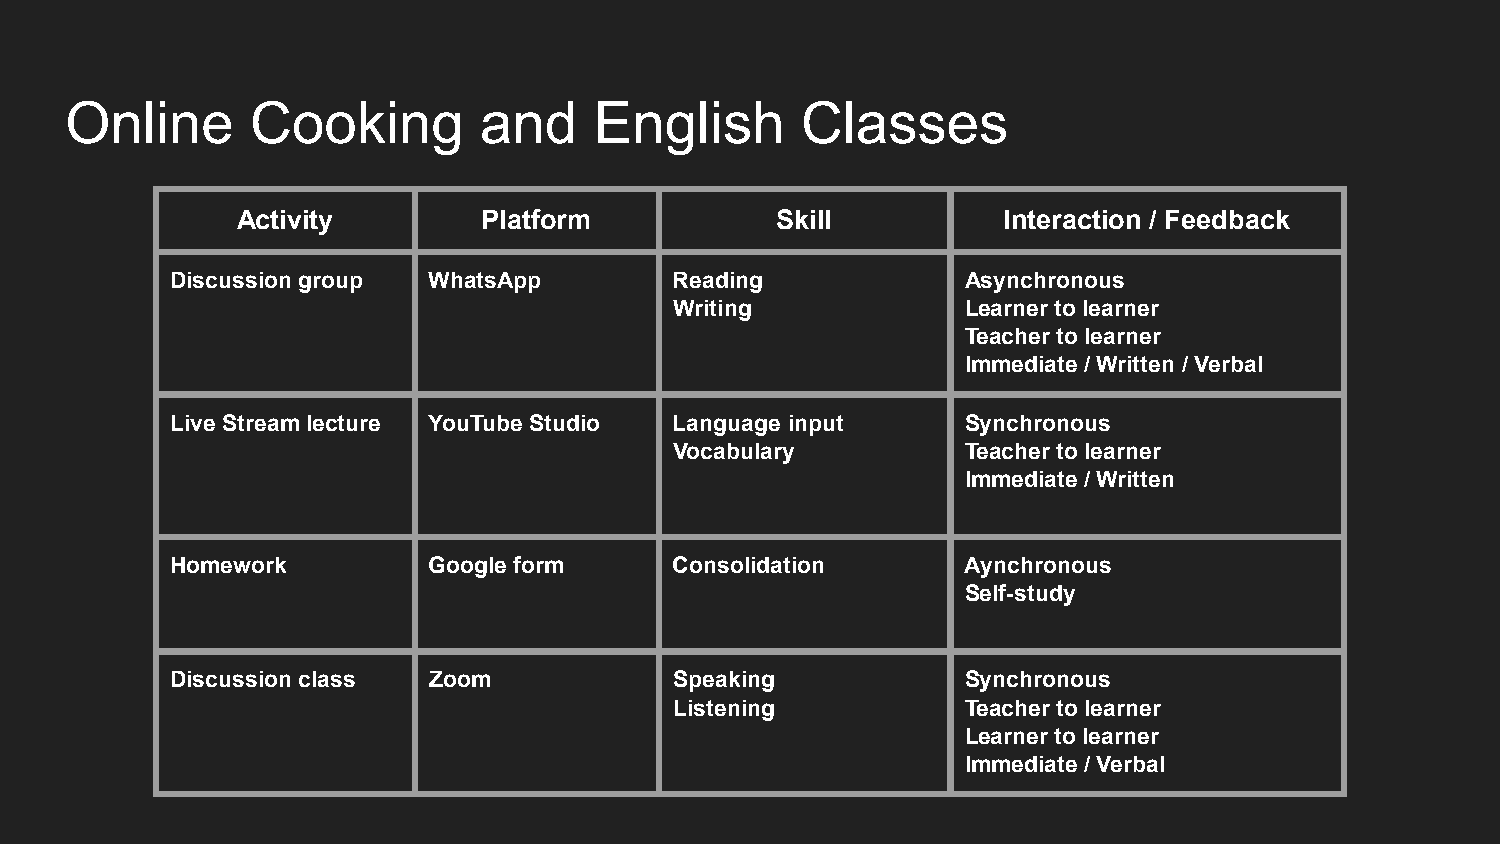
Online       Cooking        and    English       Classes
 Activity        Platform           Skill          Interaction / Feedback
 Discussion group WhatsApp         Reading            Asynchronous
 Writing            Learner to learner
 Teacher to learner
 Immediate / Written / Verbal
 Live Stream lecture YouTube Studio Language input    Synchronous
 Vocabulary         Teacher to learner
 Immediate / Written
 Homework         Google form      Consolidation      Aynchronous
 Self-study
 Discussion class Zoom             Speaking           Synchronous
 Listening          Teacher to learner
 Learner to learner
 Immediate / Verbal